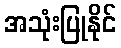
အသုံးပြုနိုင်